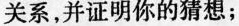
关系，并证明你的猜想；